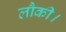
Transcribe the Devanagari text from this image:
लौकी।